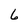
Character: 6